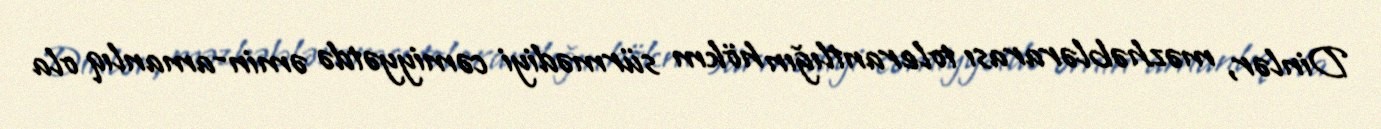
Dinlər, məzhəblərarası tolerantlığın hökm sürmədiyi cəmiyyətdə əmin-amanlıq ola